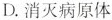
D.消灭病原体